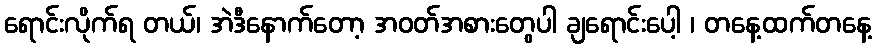
ရောင်းလိုက်ရ တယ်၊ အဲဒီနောက်တော့ အဝတ်အစားတွေပါ ချရောင်းပေါ့ ၊ တနေ့ထက်တနေ့